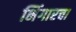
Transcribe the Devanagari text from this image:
भिंगारचा